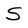
Character: S